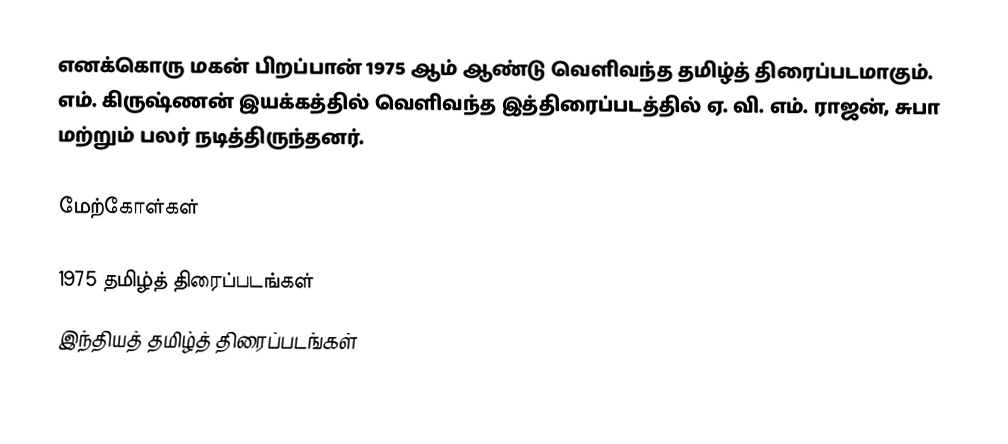
எனக்கொரு மகன் பிறப்பான் 1975 ஆம் ஆண்டு வெளிவந்த தமிழ்த் திரைப்படமாகும். எம். கிருஷ்ணன் இயக்கத்தில் வெளிவந்த இத்திரைப்படத்தில் ஏ. வி. எம். ராஜன், சுபா மற்றும் பலர் நடித்திருந்தனர்.

மேற்கோள்கள்

1975 தமிழ்த் திரைப்படங்கள்
இந்தியத் தமிழ்த் திரைப்படங்கள்